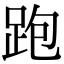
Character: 跑